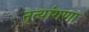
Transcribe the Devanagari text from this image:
नृत्यांगणा